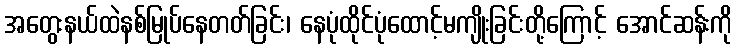
အတွေးနယ်ထဲနစ်မြုပ်နေတတ်ခြင်း၊ နေပုံထိုင်ပုံထောင့်မကျိုးခြင်းတို့ကြောင့် အောင်ဆန်းကို